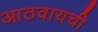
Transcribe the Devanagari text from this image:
आठवायची